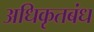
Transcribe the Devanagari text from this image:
अधिकृतबंध